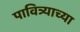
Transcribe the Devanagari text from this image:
पावित्र्याच्या